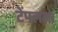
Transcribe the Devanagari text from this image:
टेंपलला